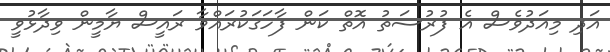
އަދި މިއަދުވެސް އެ ފުރުސަތު އޮތް ކަން ފާހަގަކުރައްވާ ރައީސް ޔާމީން ވިދާޅުވީ